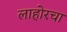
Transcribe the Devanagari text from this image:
लाहोरचा